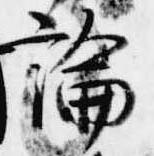
論